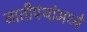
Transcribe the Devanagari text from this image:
जातीपंथांमध्ये